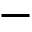
-